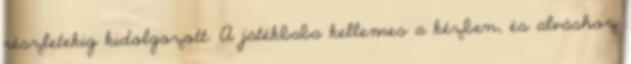
részletekig kidolgozott. A játékbaba kellemes a kézben, és alváshoz